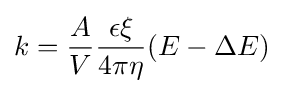
k={A \over V}{\epsilon \xi  \over 4\pi \eta }(E-\Delta E)